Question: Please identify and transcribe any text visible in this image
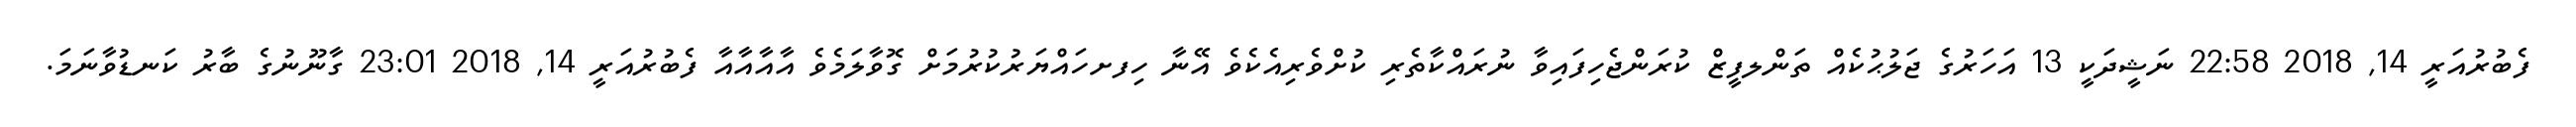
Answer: ފެބުރުއަރީ 14, 2018 22:58 ނަޝީދަކީ 13 އަހަރުގެ ޖަލުޙުކެއް ތަންލފީޒް ކުރަންޖެހިފައިވާ ނުރައްކާތެރި ކުށްވެރިއެކެވެ އޭނާ ހިފށހައްޔަރުކުރުމަށް ގޮވާލަމެވެ އާއާއާއާ ފެބުރުއަރީ 14, 2018 23:01 ގާނޫނުގެ ބާރު ކަނޑުވާނަމަ.